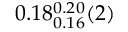
0 . 1 8 _ { 0 . 1 6 } ^ { 0 . 2 0 } ( 2 )